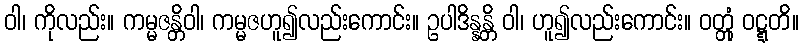
ဝါ၊ ကိုလည်း။ ကမ္မဇန္တိဝါ၊ ကမ္မဇဟူ၍လည်းကောင်း။ ဥပါဒိန္နန္တိ ဝါ၊ ဟူ၍လည်းကောင်း။ ဝတ္တုံ ဝဋ္ဋတိ။